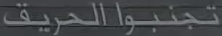
تجنبواالحريق